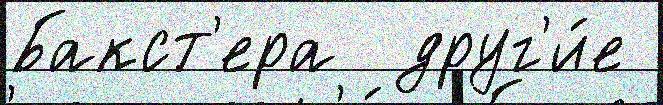
Бакст'ера  друг'и́е